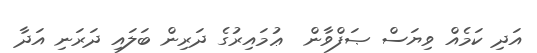
އަދި ކަމެއް ވިޔަސް ޞަފްވާން  ޢުމައިރުގެ ދަރިން ބަލައި ދަރަނި އަދާ